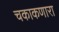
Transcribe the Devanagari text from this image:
चकाकणारा